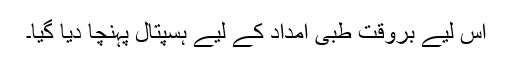
اس لیے بروقت طبی امداد کے لیے ہسپتال پہنچا دیا گیا۔